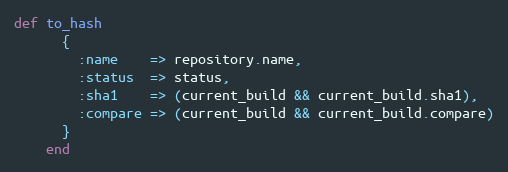
Language: Ruby
def to_hash
      {
        :name    => repository.name,
        :status  => status,
        :sha1    => (current_build && current_build.sha1),
        :compare => (current_build && current_build.compare)
      }
    end